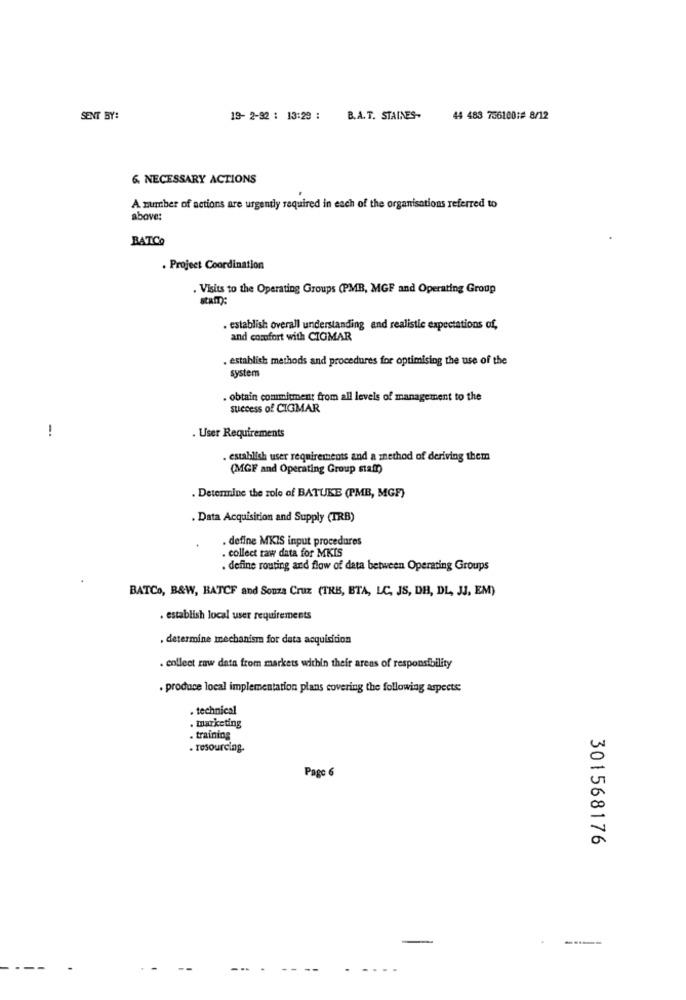
SENT BY:
19- 2-92 : 13:29 :
B.A.T. STAINES-
44 483 756100:# 8/12
6. NECESSARY ACTIONS
A number of actions are urgently required in each of the organisations referred to
above:
BATCO
. Project Coordination
. Visits to the Operating Groups (PMB, MGF and Operating Group
. establish overall understanding and realistic expectations of,
and comfort with CIGMAR
. establish methods and procedures for optimising the use of the
system
. obtain commitment from all levels of management to the
success of CIGMAR
!
. User Requirements
. establish user requirements and a method of deriving them
(MGF and Operating Group staff)
. Determine the role of BATUKE (PMB, MGF)
. Data Acquisition and Supply (TRB)
. define MKIS input procedures
. collect raw data for MKIS
. define routing and flow of data between Operating Groups
BATCo, B&W, BATCF and Sonza Cruz (TRB, BTA, LC, JS, DH, DL, JJ, EM)
. establish local user requirements
. determine mechanism for data acquisition
. collect raw data from markets within their areas of responsibility
. produce local implementation plans covering the following aspects
. technical
. marketing
. training
. Tosourcing.
Page 6
л
00
a
301568176
---
..